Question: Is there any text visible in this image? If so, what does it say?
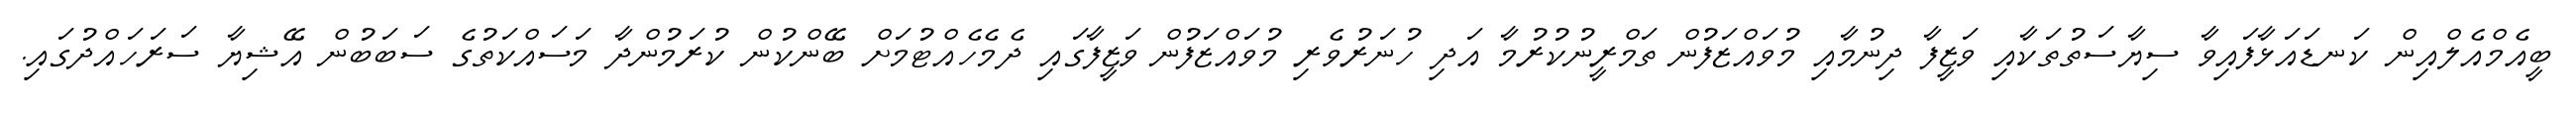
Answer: ބީއެމްއެލްއިން ކަނޑައަޅާފައިވާ ސިޔާސަތުތަކާއި ވަޒީފާ ދިނުމާއި މުވައްޒަފުން ތަމްރީނުކުރުމާ އަދި ހުނަރުވެރި މުވައްޒަފުން ވަޒީފާގައި ދެމެހެއްޓުމަށް ބޭންކުން ކުރަމުންދާ މަސައްކަތުގެ ސަބަބުން އޭޝިޔާ ސަރަހައްދުގައި.